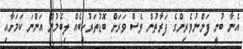
އެނާ ބުނީ ފަންނުވެރިންގެ ފަރާތުން ވެސް ވަރަށް ބޮޑުތަރުހީބެއް ލިބެމުން އަންނަ ކަމަށާއި